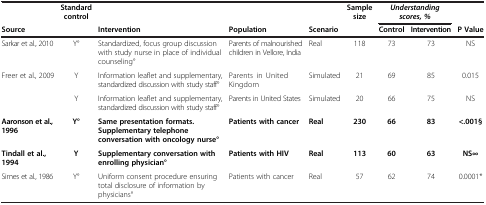
|  | Standard control |  |  |  | Sample size | <COLSPAN=2> Understanding scores, % |  |
 | Source |  | Intervention | Population | Scenario |  | Control | Intervention | P Value |
 | --- | --- | --- | --- | --- | --- | --- | --- | --- |
 | Sarkar et al., 2010 | Y° | Standardized, focus group discussion with study nurse in place of individual counseling° | Parents of malnourished children in Vellore, India | Real | 118 | 73 | 73 | NS |
 | Freer et al., 2009 | Y | Information leaflet and supplementary, standardized discussion with study staff° | Parents in United Kingdom | Simulated | 21 | 69 | 85 | 0.015 |
 |  | Y | Information leaflet and supplementary, standardized discussion with study staff° | Parents in United States | Simulated | 20 | 66 | 75 | NS |
 | Aaronson et al., 1996 | Y° | Same presentation formats. Supplementary telephone conversation with oncology nurse° | Patients with cancer | Real | 230 | 66 | 83 | <.001§ |
 | Tindall et al., 1994 | Y | Supplementary conversation with enrolling physician° | Patients with HIV | Real | 113 | 60 | 63 | NS∞ |
 | Simes et al., 1986 | Y° | Uniform consent procedure ensuring total disclosure of information by physicians° | Patients with cancer | Real | 57 | 62 | 74 | 0.0001* |